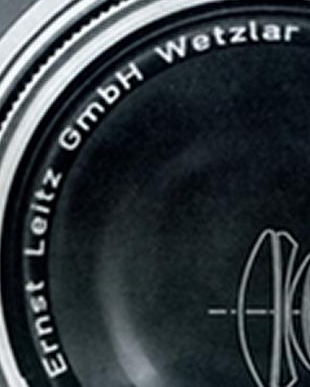
Ernst Leitz GmbH Wetziar